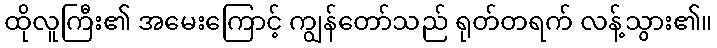
ထိုလူကြီး၏ အမေးကြောင့် ကျွန်တော်သည် ရုတ်တရက် လန့်သွား၏။